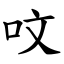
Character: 呅